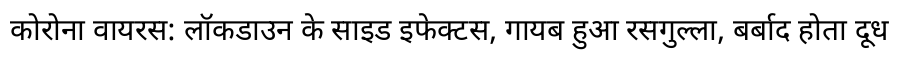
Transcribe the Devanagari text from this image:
कोरोना वायरस: लॉकडाउन के साइड इफेक्टस, गायब हुआ रसगुल्ला, बर्बाद होता दूध